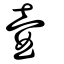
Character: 壺